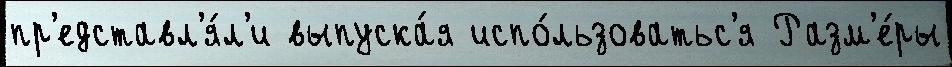
пр'едставл'я́л'и выпуска́я испо́льзоватьс'я Разм'е́ры